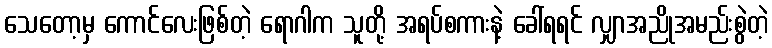
သေတော့မှ ကောင်လေးဖြစ်တဲ့ ရောဂါက သူတို့ အရပ်စကားနဲ့ ခေါ်ရရင် လျှာအညိုအမည်းစွဲတဲ့